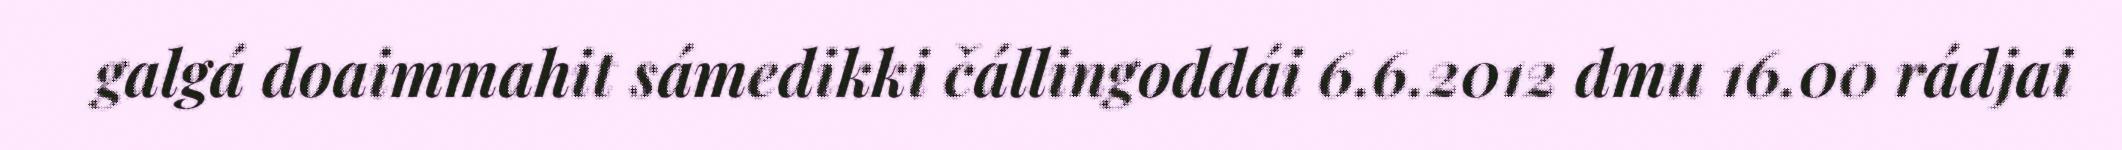
galgá doaimmahit sámedikki čállingoddái 6.6.2012 dmu 16.00 rádjai